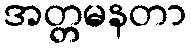
အတ္တမနတာ